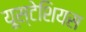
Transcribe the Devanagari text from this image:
यूस्टेशियस